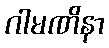
ဂါမဏိနာ